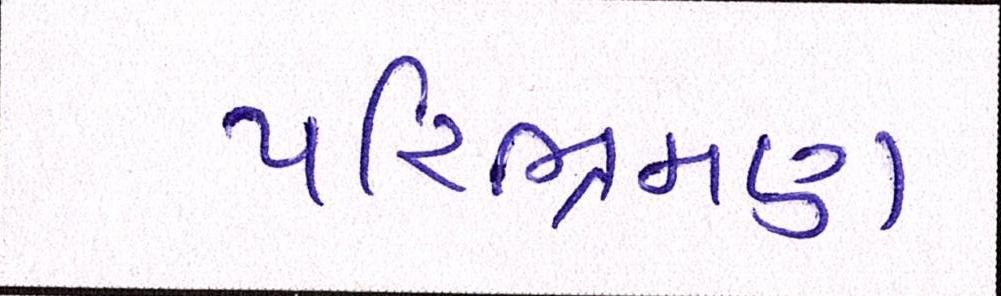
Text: પરિભ્રમણ